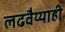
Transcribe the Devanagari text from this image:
लढवैय्याही